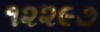
૧૨૨૯૭